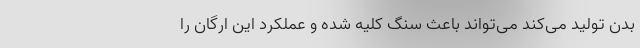
بدن تولید می‌کند می‌تواند باعث سنگ کلیه شده و عملکرد این ارگان را